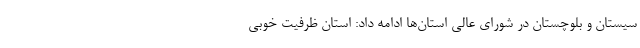
سیستان و بلوچستان در شورای عالی استان‌ها ادامه داد: استان ظرفیت خوبی